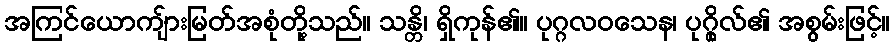
အကြင်ယောကျ်ားမြတ်အစုံတို့သည်။ သန္တိ၊ ရှိကုန်၏။ ပုဂ္ဂလဝသေန၊ ပုဂ္ဂိုလ်၏ အစွမ်းဖြင့်။